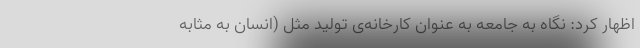
اظهار کرد: نگاه به جامعه به عنوان کارخانه‌ی تولید مثل (انسان به مثابه